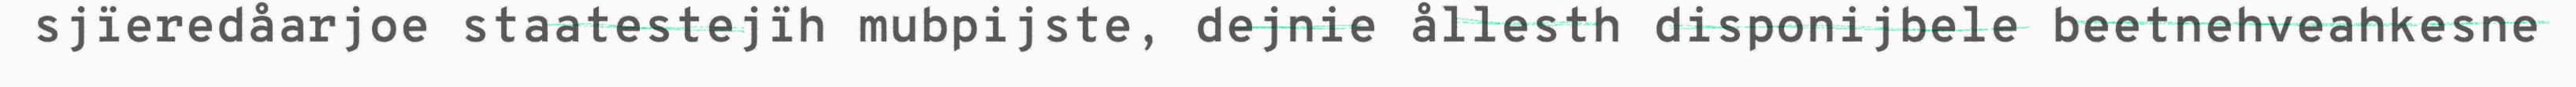
sjïeredåarjoe staatestejïh mubpijste, dejnie ållesth disponijbele beetnehveahkesne